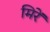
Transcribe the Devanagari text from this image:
मिरें